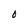
Character: O